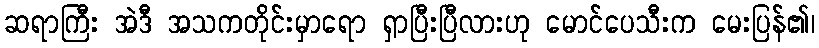
ဆရာကြီး အဲဒီ အသကတိုင်းမှာရော ရှာပြီးပြီလားဟု မောင်ပေသီးက မေးပြန်၏၊